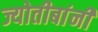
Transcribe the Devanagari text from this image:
ज्योतीबांनी